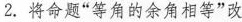
2.将命题”等角的余角相等”改